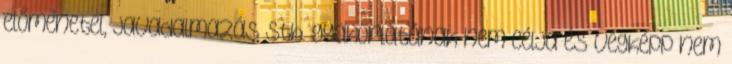
előmenetel, javadalmazás stb. gyakorlatának nem célja és végképp nem